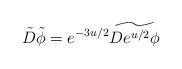
LaTeX: \begin{align*}\tilde D\tilde\phi=e^{-3u/2}\widetilde{De^{u/2}\phi}\end{align*}